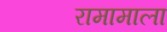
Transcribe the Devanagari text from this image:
रामामाला